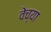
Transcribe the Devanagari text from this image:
वेच्या